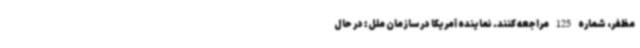
مظفر، شماره 125 مراجعه کنند. نماینده آمریکا در سازمان ملل: در حال